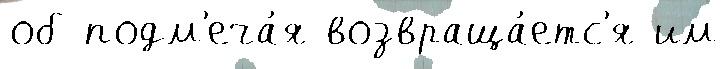
об подм'еча́я возвраща́етс'я им